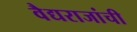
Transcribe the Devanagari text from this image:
वैद्यराजांची